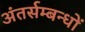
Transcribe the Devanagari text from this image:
अंतर्सम्बन्धों